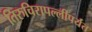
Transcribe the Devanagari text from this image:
तिरुचिरापल्लीपर्यंत